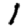
Digit: 1